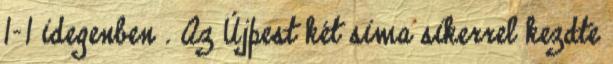
1–1 idegenben . Az Újpest két sima sikerrel kezdte